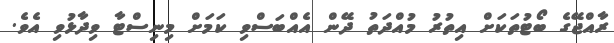
ރާއްޖޭގެ ބޯޓުތަކަށް އިތުރު މުއްދަތު ދޭން އެއްބަސްވި ކަމަށް މިނިސްޓާ ވިދާޅުވި އެވެ.